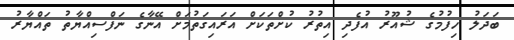
ބަދަލު ހިފުމުގެ ޝުއޫރު އުފެދި އިތުރު ކުށްތަކަށް އަރައިގަތުމަށް އޭނާގެ ނަފްސިއްޔާތު ތައްޔާރު